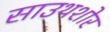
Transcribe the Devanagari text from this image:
साउथशोर